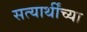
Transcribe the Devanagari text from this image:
सत्यार्थींच्या